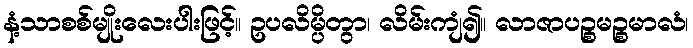
နံ့သာစစ်မျိုးလေးပါးဖြင့်။ ဥပလိမ္ပိတွာ၊ လိမ်းကျံ၍။ လာဇာပဉ္စမဉ္စမာလံ၊